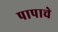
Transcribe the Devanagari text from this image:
पापाचे